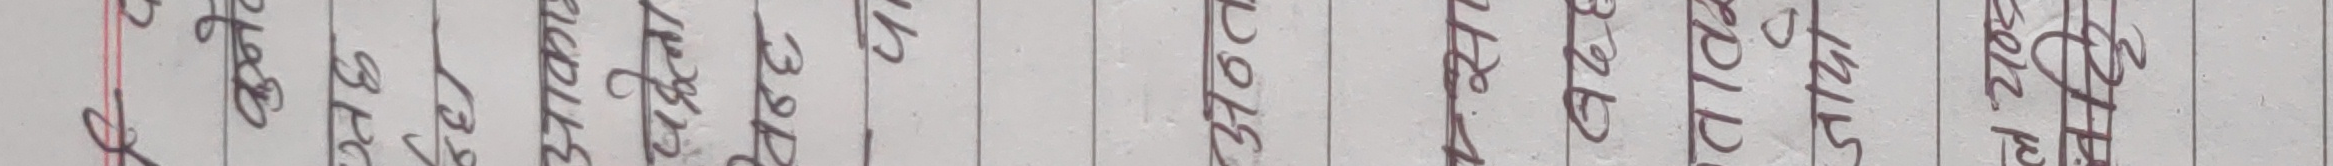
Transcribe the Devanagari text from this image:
३६० ऐले केटाहरूको स्टाडड